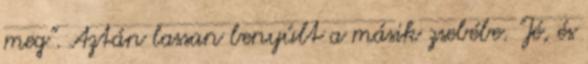
meg". Aztán lassan benyúlt a másik zsebébe. "Jé, és